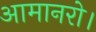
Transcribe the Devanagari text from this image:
आमानरो।